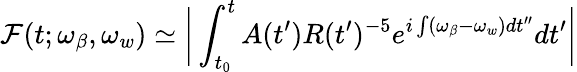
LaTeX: \mathcal{F}(t;\omega_{\beta},\omega_{w})\simeq\bigg|\int_{t_{0}}^{t}A(t^{\prime})R(t^{\prime})^{-5}e^{i\int(\omega_{\beta}-\omega_{w})dt^{\prime\prime}}dt^{\prime}\bigg|